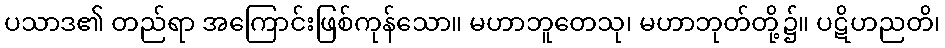
ပသာဒ၏ တည်ရာ အကြောင်းဖြစ်ကုန်သော။ မဟာဘူတေသု၊ မဟာဘုတ်တို့၌။ ပဋိဟညတိ၊